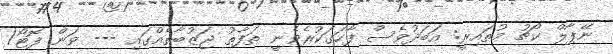
ނޭޕާލް ކޯޗު މުތައިރީ: އަބަދުވެސް ފާހަގަކުރެވެނީ ތަފާތު ޖަޒުބާތެއްގައި --- ވަން ފޮޓޯ/